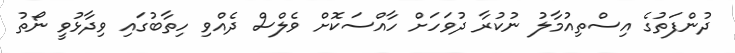
ދުންފަތުގެ އިސްތިއުމާލު ނުކުރާ ދުވަހަށް ހާއްސަކޮށް ވެލްސް ދެއްވި ހިތާބުގައި ވިދާޅުވީ ނޯތު